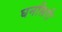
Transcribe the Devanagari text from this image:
घनसिरी